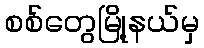
စစ်တွေမြို့နယ်မှ